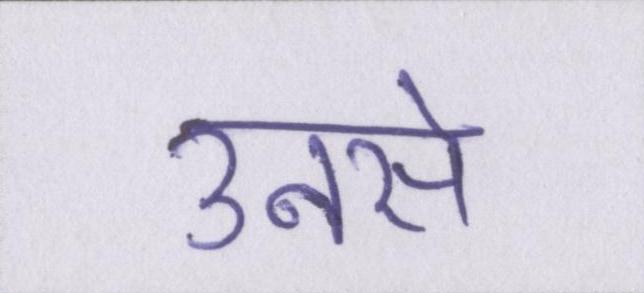
उनसे